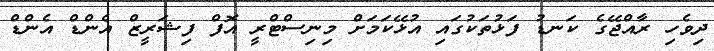
ދިވެހި ރާއްޖޭގެ ކަނޑު ފަޅުތަކުގައި އުޅޭކަމަށް މިނިސްޓްރީ އޮފް ފިޝަރީޒް އެންޑް އެންޑް